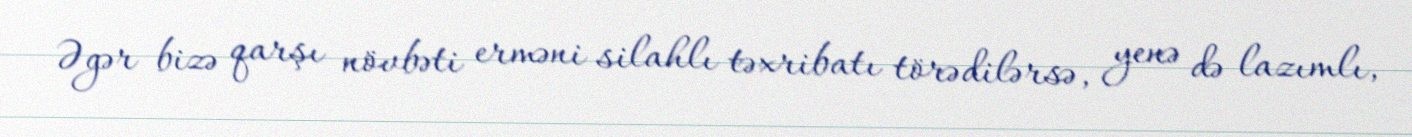
Əgər bizə qarşı növbəti erməni silahlı təxribatı törədilərsə, yenə də lazımlı,